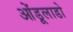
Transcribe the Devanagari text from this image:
ओंडूलाडो